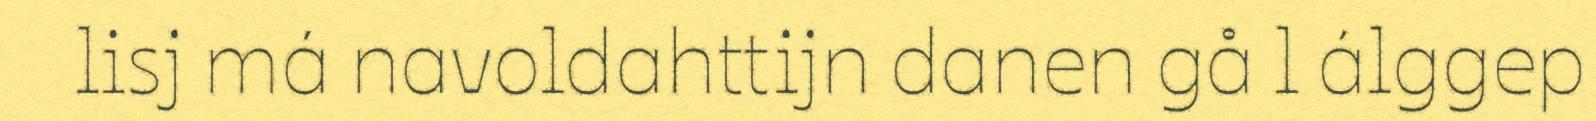
lisj má navoldahttijn danen gå l álggep